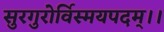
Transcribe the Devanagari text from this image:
सुरगुरोर्विस्मयपदम्।।